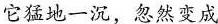
它猛地一沉，忽然变成